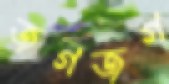
জগজগ